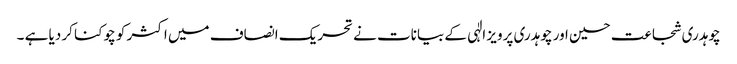
چوہدری شجاعت حسین اور چوہدری پرویز الٰہی کے بیانات نے تحریک انصاف میں اکثر کو چوکنا کر دیا ہے ۔